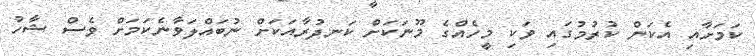
ކަމަށާއި އެކަން ކުރުމުގައި ވަކި މީހެއްގެ މޫނަކަށް ކަނދުރާއަކަށް ނުބައްލަވާނެކަމަށް ވެސް ޝާހު